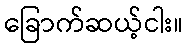
ခြောက်ဆယ့်ငါး။